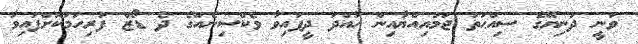
ވަނީ ދުނިޔޭގެ ސިއްޙަތު ޖަމުއިއްޔާއިން ހުއްދަ ދީފައިވާ ވެކްސިނެއްގެ ދެ ޑޯޒް ފުރިހަމަކޮށްފައިވާ